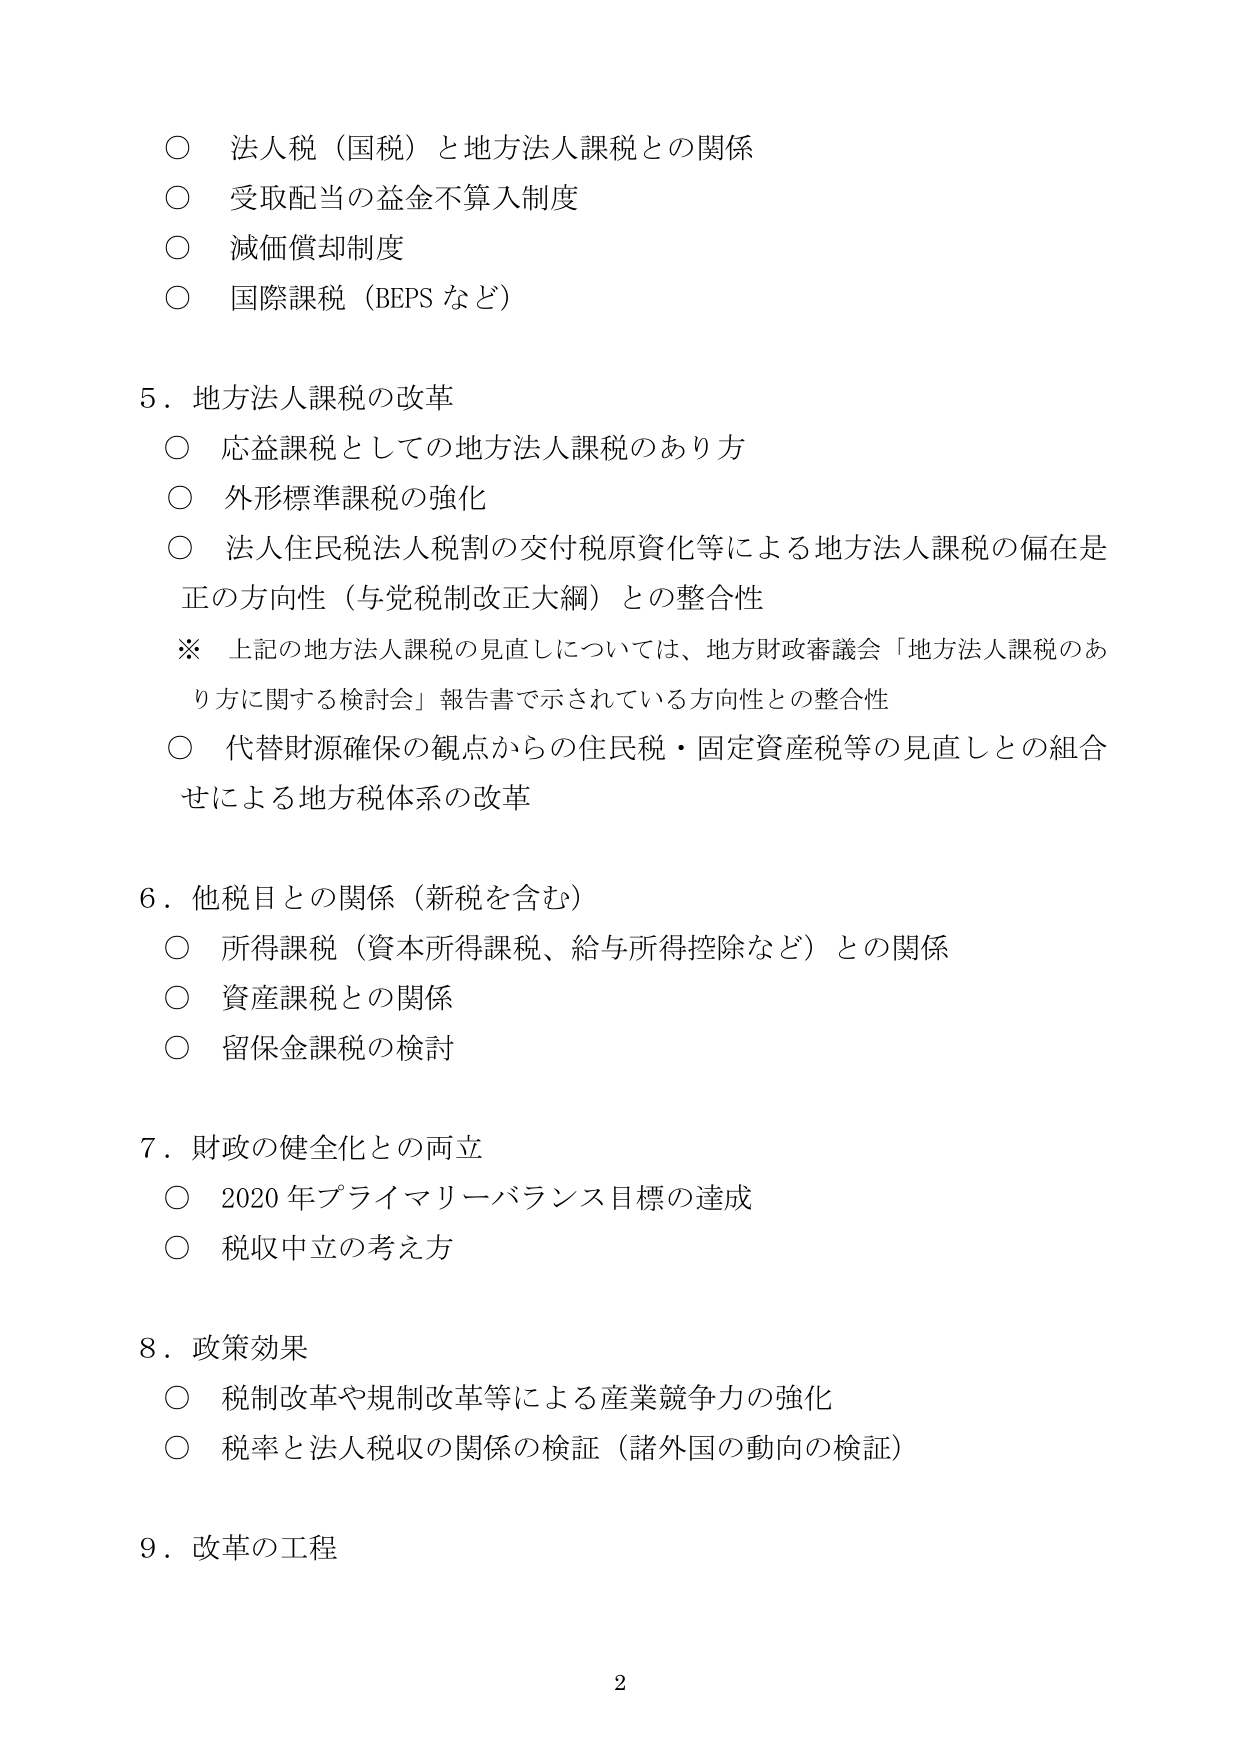
○ 法人税（国税）と地方法人課税との関係
○ 受取配当の益金不算入制度
○ 減価償却制度
○ 国際課税（BEPS など）

5．地方法人課税の改革
○ 応益課税としての地方法人課税のあり方
○ 外形標準課税の強化
○ 法人住民税法人税割の交付税原資化等による地方法人課税の偏在是正の方向性（与党税制改正大綱）との整合性
※ 上記の地方法人課税の見直しについては、地方財政審議会「地方法人課税のあり方に関する検討会」報告書で示されている方向性との整合性
○ 代替財源確保の観点からの住民税・固定資産税等の見直しとの組合せによる地方税体系の改革

6．他税目との関係（新税を含む）
○ 所得課税（資本所得課税、給与所得控除など）との関係
○ 資産課税との関係
○ 留保金課税の検討

7．財政の健全化との両立
○ 2020年プライマリーバランス目標の達成
○ 税収中立の考え方

8．政策効果
○ 税制改革や規制改革等による産業競争力の強化
○ 税率と法人税収の関係の検証（諸外国の動向の検証）

9．改革の工程

2